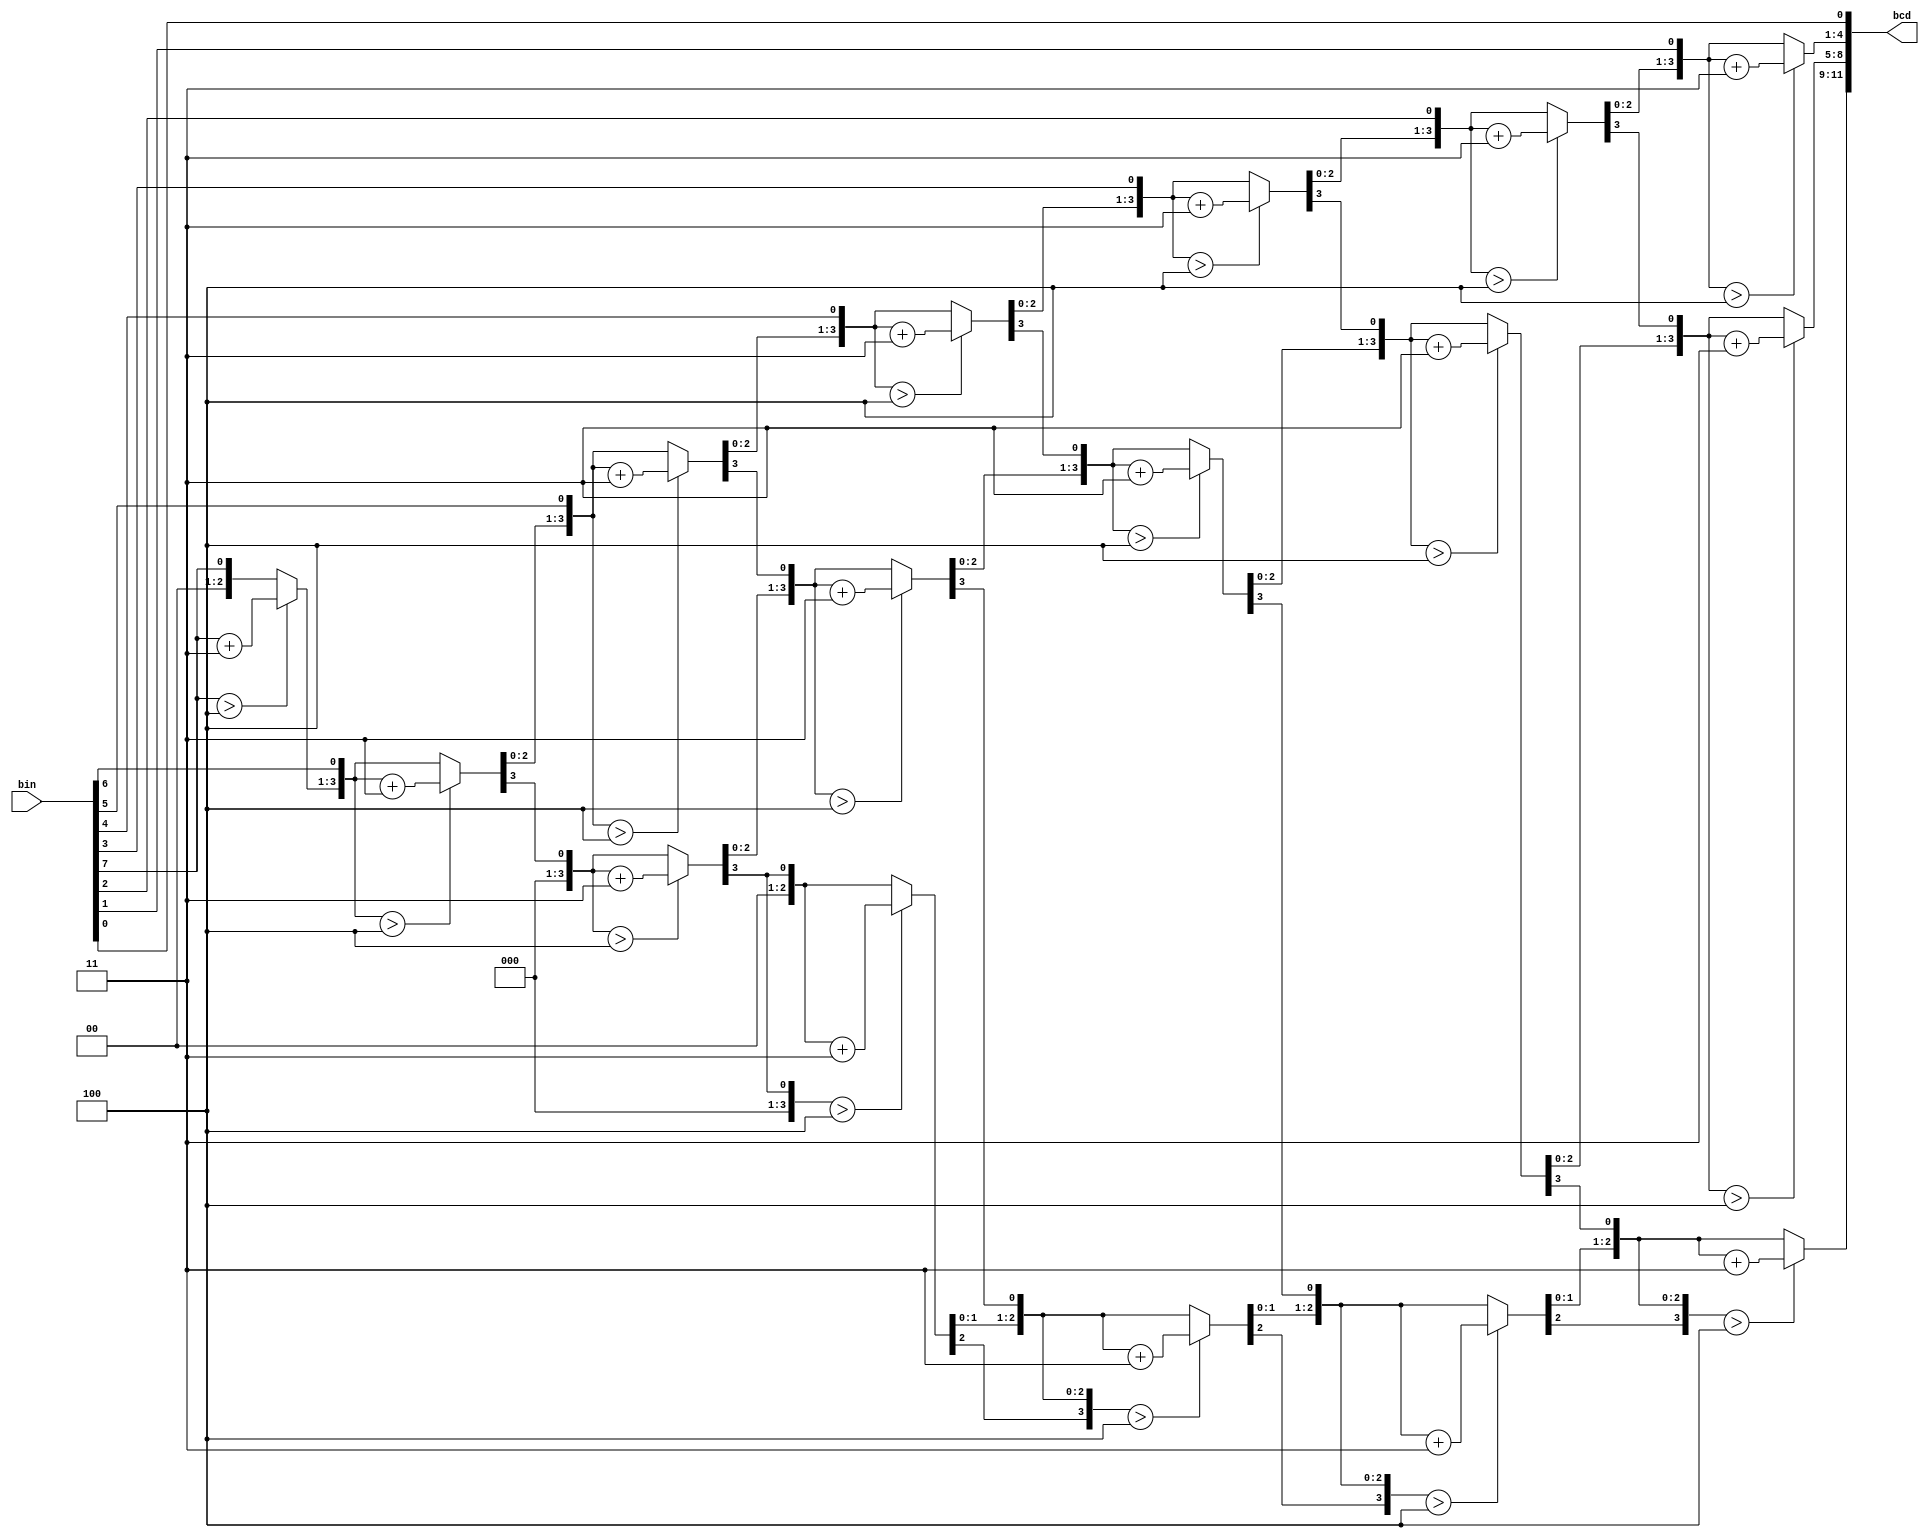
module Binary_to_BCD_converter(
    input wire [7:0] bin,
	output reg [11:0] bcd
);

reg [3:0] i;
 
always @(bin)
begin
    bcd = 0; 
    for (i = 0; i < 8; i = i+1) 
        begin
            bcd = {bcd[10:0],bin[7-i]};    
            //if a hex digit of 'bcd' is more than 4, add 3.  
            if(i < 7 && bcd[3:0] > 4) 
                bcd[3:0] = bcd[3:0] + 3;
            if(i < 7 && bcd[7:4] > 4)
                bcd[7:4] = bcd[7:4] + 3;
            if(i < 7 && bcd[11:8] > 4)
                bcd[11:8] = bcd[11:8] + 3;  
        end
end      
endmodule